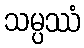
သမ္ပဿံ